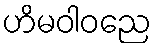
ဟိမဝါဝညေ